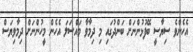
އެހެންވެ ސިޔާސީ ބޭފުޅުންނަށް ބަންދުގައި މި ދިމާވާ މައްސަލަ އެހެން މީހުންނަށް ދިމާވިޔަސް